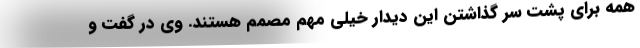
همه برای پشت سر گذاشتن این دیدار خیلی مهم مصمم هستند. وی در گفت و